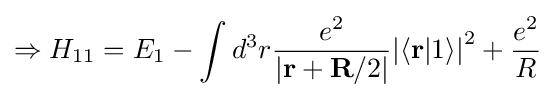
\Rightarrow {{H}_{11}}={{E}_{1}}-\int {{{d}^{3}}r}{\frac {{e}^{2}}{\left|\mathbf {r} +\mathbf {R} /2\right|}}{{\left|\left\langle \mathbf {r} |1\right\rangle \right|}^{2}}+{\frac {{e}^{2}}{R}}